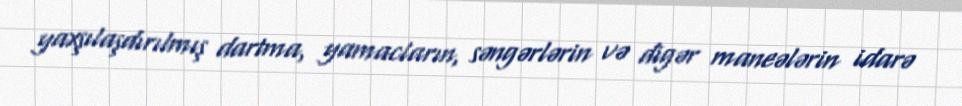
yaxşılaşdırılmış dartma, yamacların, səngərlərin və digər maneələrin idarə